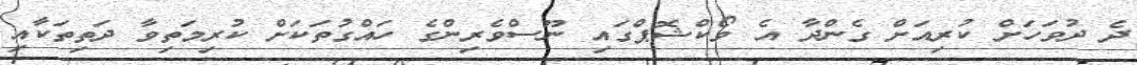
ދެ ދުވަހަށް ކުރިއަށް ގެންދާ އެ ވޯކްޝޮޕްގައި ނޫސްވެރިންގެ ހައްގުތަކަށް ކުރިމަތިވާ ދަތިތަކާއި